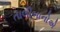
તાલીબાનોએ